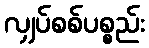
လျှပ်စစ်ပစ္စည်း